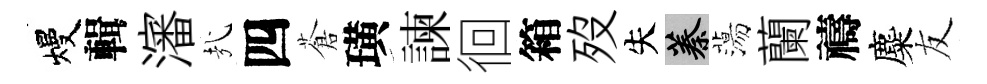
熳輯瀋㢤四蒼璜諫徊箱歿失蓁蕩蘭禱麋友